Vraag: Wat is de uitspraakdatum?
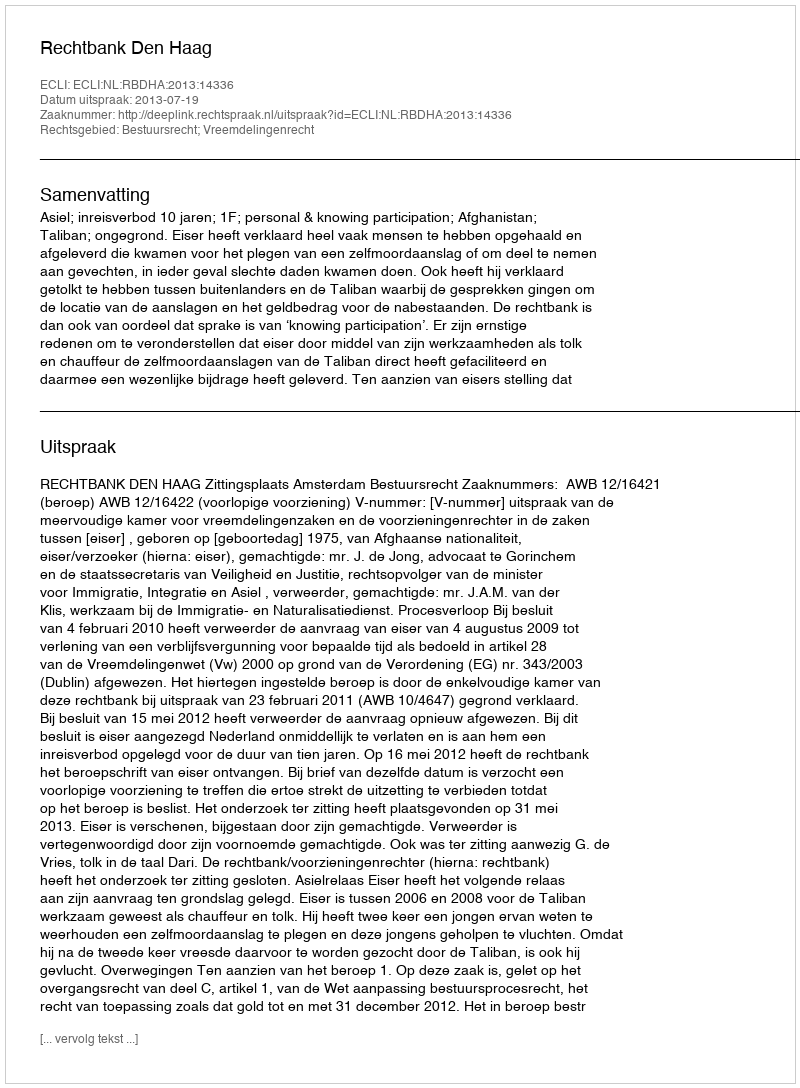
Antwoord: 2013-07-19